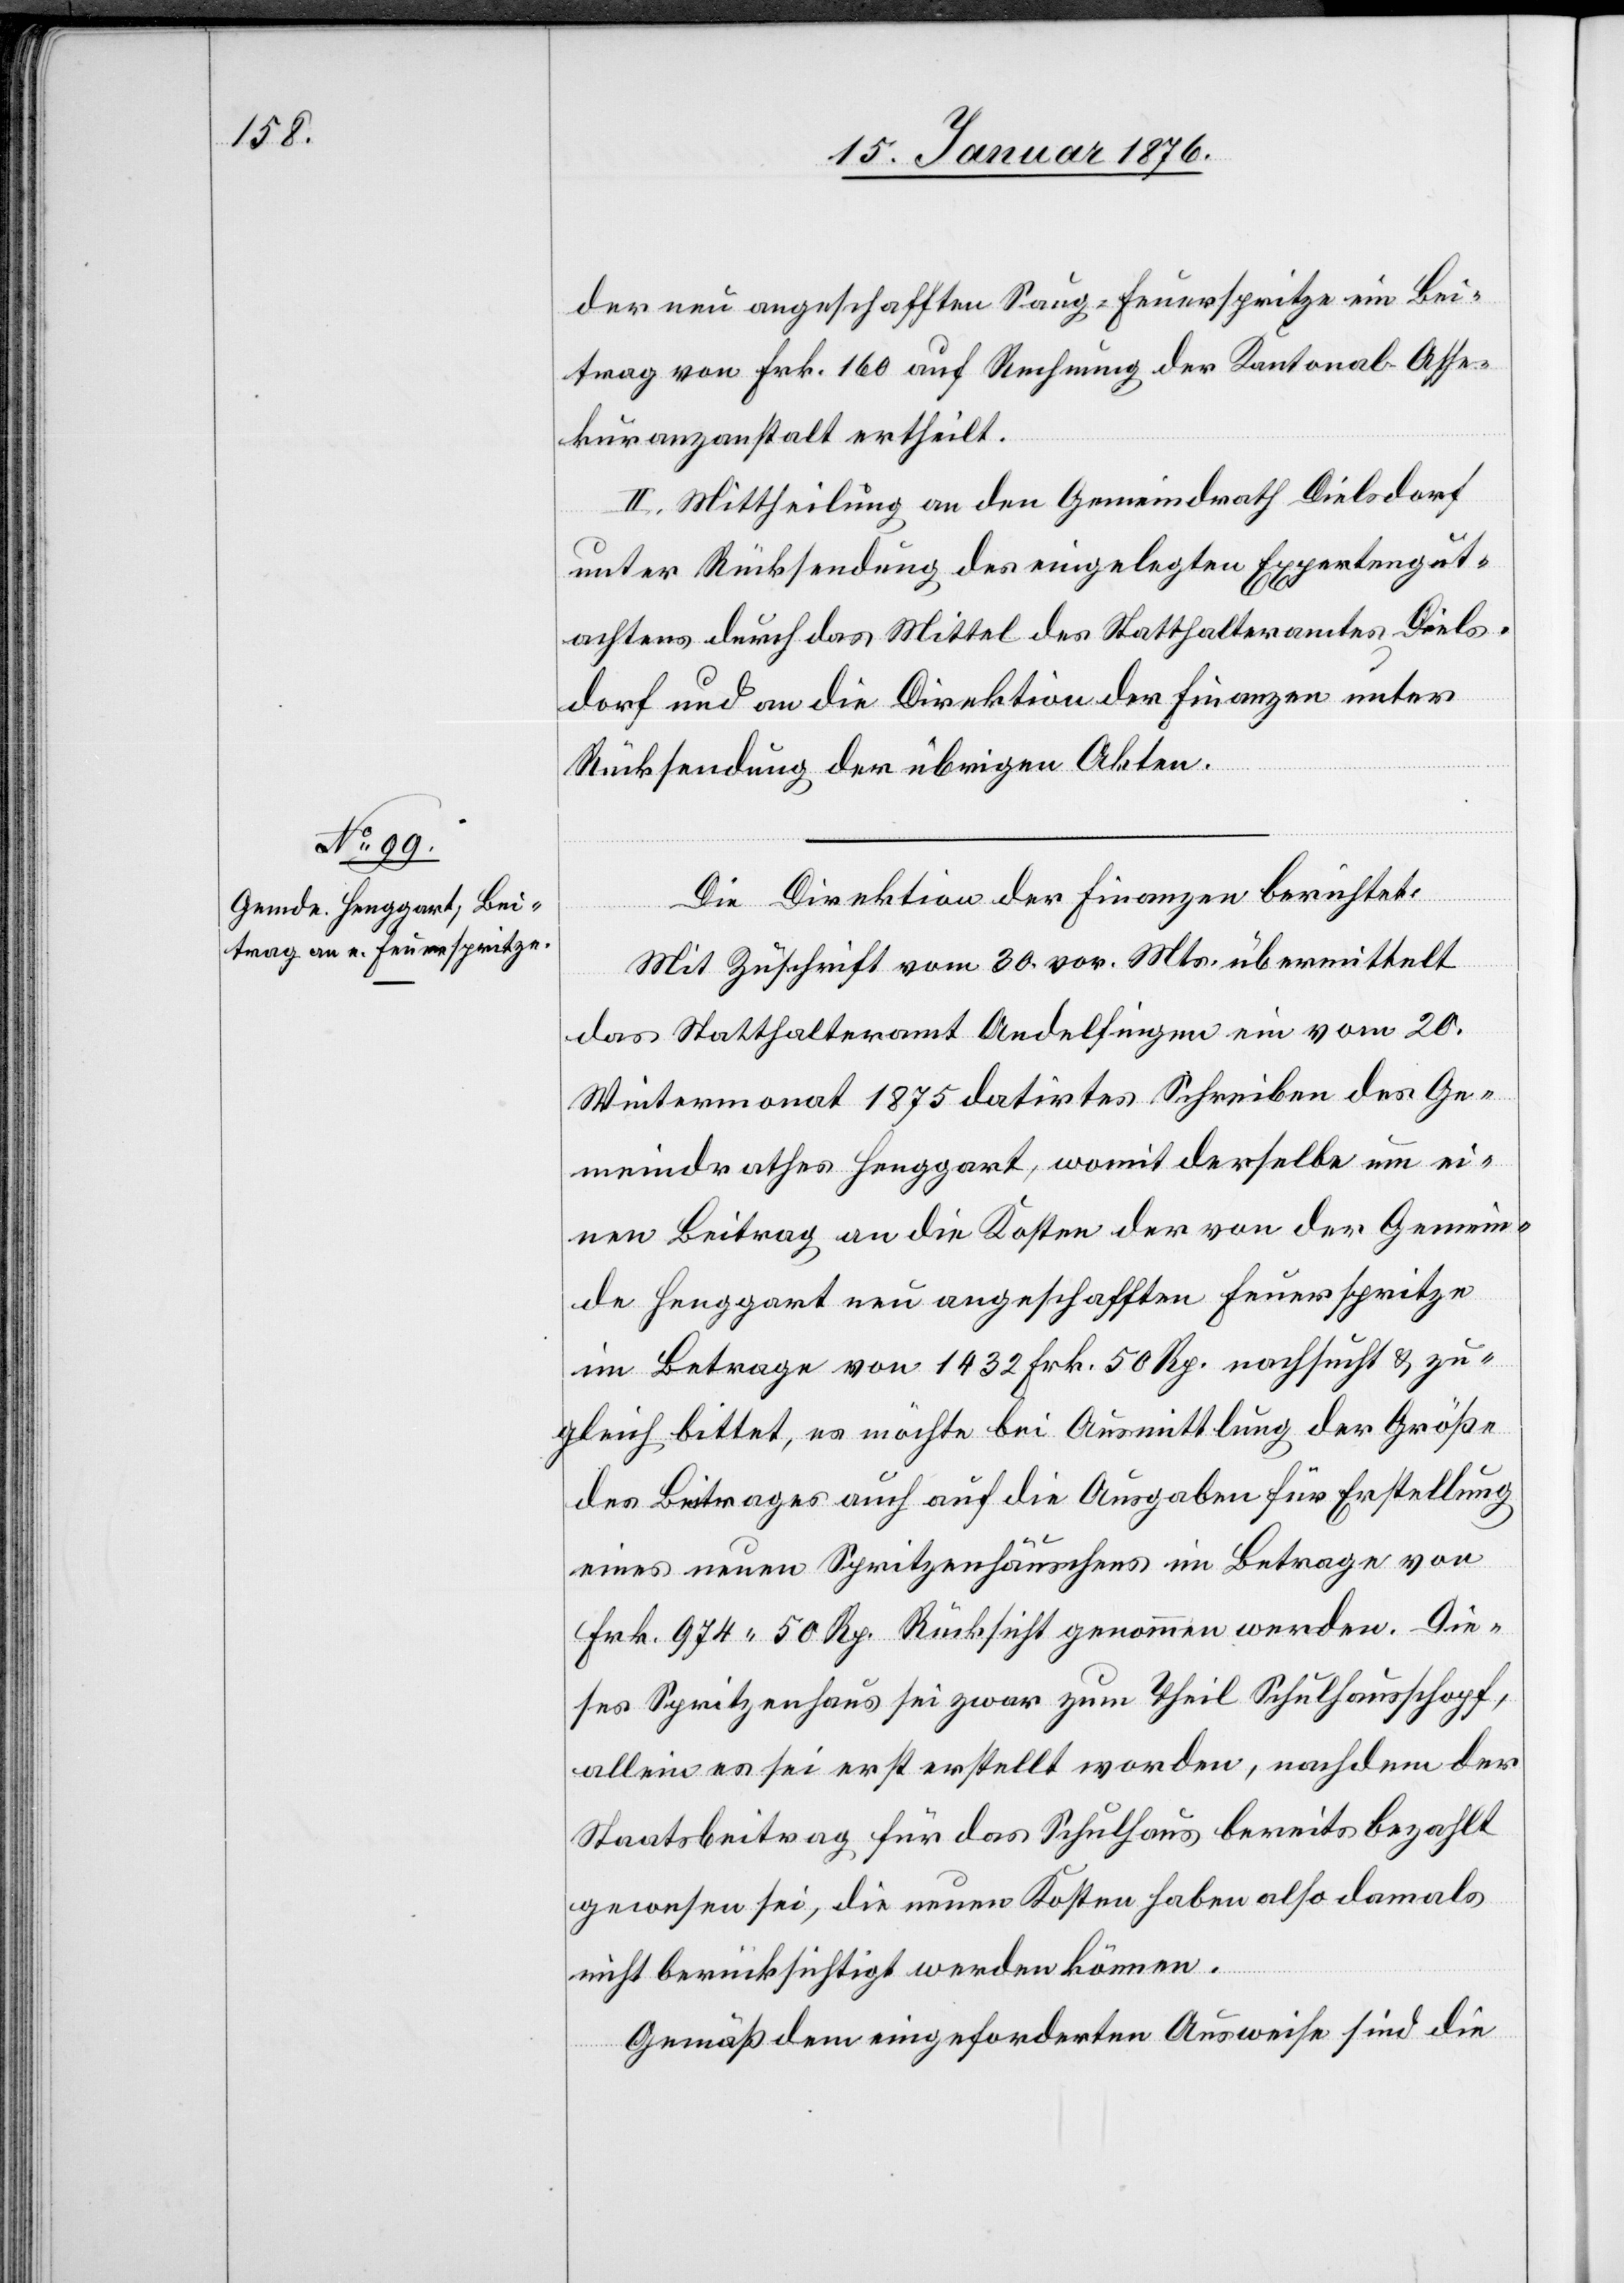
der neu angeschafften Saug-Feuerspritze ein Bei¬
trag von Frk. 160 auf Rechnung der Kantonal-Asse¬
kuranzanstalt ertheilt.
II. Mittheilung an den Gemeindrath Dielsdorf
unter Rücksendung des eingelegten Expertengut¬
achtens durch das Mittel des Statthalteramtes Diels¬
dorf und an die Direktion der Finanzen unter
Rücksendung der übrigen Akten.
Die Direktion der Finanzen berichtet:
Mit Zuschrift vom 30. vor. Mts. übermittelt
das Statthalteramt Andelfingen ein vom 20.
Wintermonat 1875 datirtes Schreiben des Ge¬
meindrathes Henggart, womit derselbe um ei¬
nen Beitrag an die Kosten der von der Gemein¬
de Henggart neu angeschafften Feuerspritze
im Betrage von 1432 Frk. 50 Rp. nachsucht u. zu¬
gleich bittet, es möchte bei Ausmittlung der Größe
des Beitrages auch auf die Ausgaben für Erstellung
eines neuen Spritzenhäuschens im Betrage von
Frk. 974.50 Rp. Rücksicht genommen werden. Die¬
ses Spritzenhaus sei zwar zum Theil Schulhausschopf,
allein es sei erst erstellt worden, nachdem der
Staatsbeitrag für das Schulhaus bereits bezahlt
gewesen sei, die neuen Kosten haben also damals
nicht berücksichtigt werden können.
Gemäß dem eingeforderten Ausweise sind die